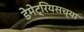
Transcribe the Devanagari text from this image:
डेमेट्रियसच्या